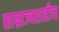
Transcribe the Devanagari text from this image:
साम्राज्यशाहीचा